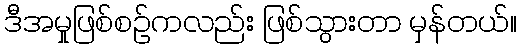
ဒီအမှုဖြစ်စဉ်ကလည်း ဖြစ်သွားတာ မှန်တယ်။